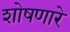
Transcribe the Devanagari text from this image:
शोषणारे